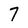
Character: 7